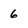
Character: 6